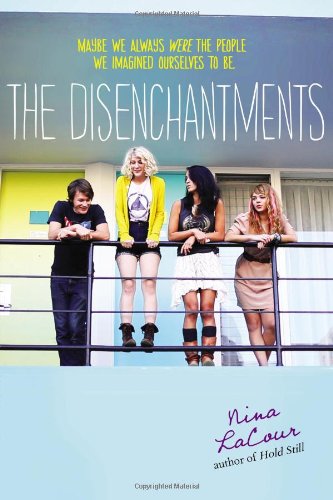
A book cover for The Disenchantments; Nina LaCour; Teen & Young Adult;